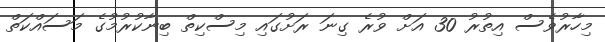
މިހާރުވެސް އިތުރު 30 އަށް ވުރެ ގިނަ ރަށުގައި މިސްކިތް ބިނާކުރުމުގެ މަސައްކަތް